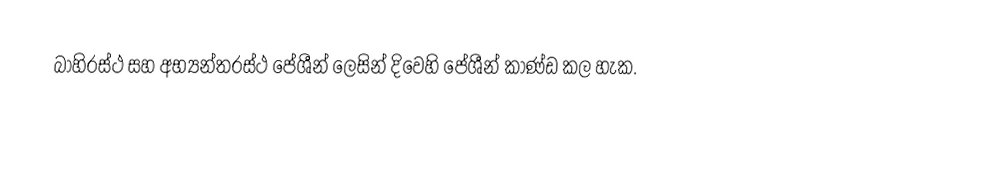
බාහිරස්ථ සහ අභ්‍යන්තරස්ථ පේශීන් ලෙසින් දිවෙහි පේශීන් කාණ්ඩ කල හැක.